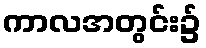
ကာလအတွင်း၌